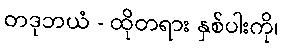
တဒုဘယံ - ထိုတရား နှစ်ပါးကို၊